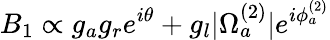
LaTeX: B_{1}\propto g_{a}g_{r}e^{i\theta}+g_{l}|\Omega_{a}^{(2)}|e^{i\phi_{a}^{(2)}}